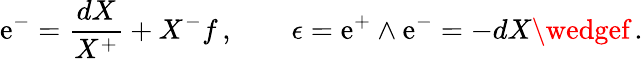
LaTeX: \mathrm{e}^{-}=\frac{{dX}}{{X^{+}}}+X^{-}f\, ,\qquad\epsilon=\mathrm{e}^{+}\wedge\mathrm{e}^{-}=-dX\wedgef\, .